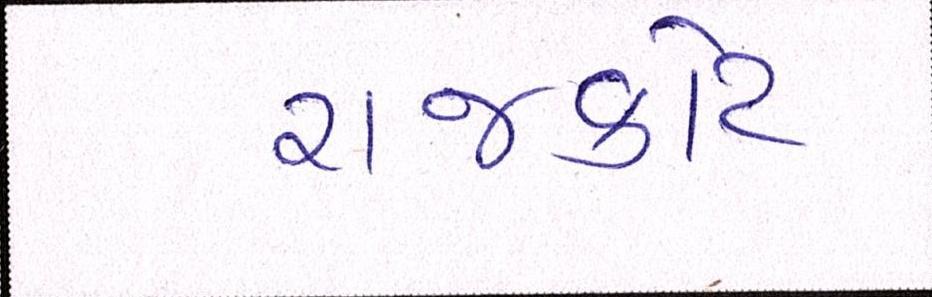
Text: રાજકોટ